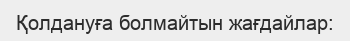
Қолдануға болмайтын жағдайлар: